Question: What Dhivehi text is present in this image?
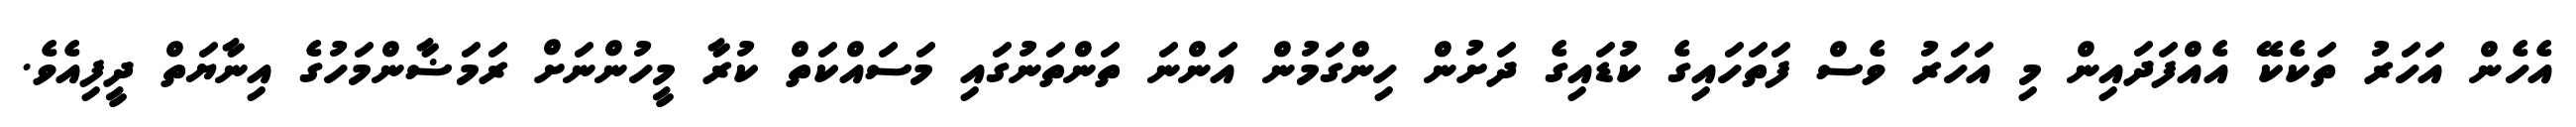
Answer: އެހެން އަހަރު ތަކެކޭ އެއްފަދައިން މި އަހަރު ވެސް ފަތަހައިގެ ކުޑައިގެ ދަށުން ހިންގަމުން އަންނަ ތަންތަނުގައި މަސައްކަތް ކުރާ މީހުންނަށް ރަމަޟާންމަހުގެ އިނާޔަތް ދީފިއެވެ.